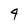
Character: 4